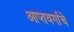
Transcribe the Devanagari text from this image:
आप्तवर्गाचे